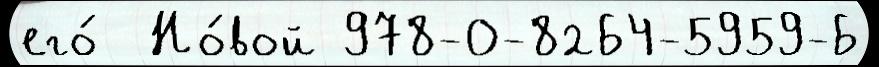
его́  Но́вой 978-0-8264-5959-6